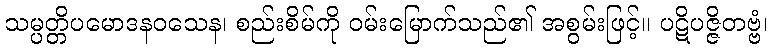
သမ္ပတ္တိပမောဒနဝသေန၊ စည်းစိမ်ကို ဝမ်းမြောက်သည်၏ အစွမ်းဖြင့်။ ပဋိပဇ္ဇိတဗ္ဗံ၊